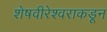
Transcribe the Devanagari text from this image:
शेषवीरेश्वराकडून